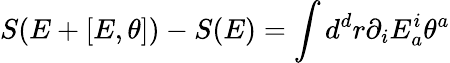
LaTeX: S(E+[E,\theta])-S(E)=\int d^{d}r\partial_{i}E_{a}^{i}\theta^{a}